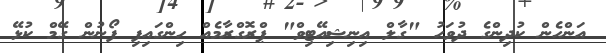
އަންހެން ކުދިންގެ ދުވަހު "ގާލް އިނިޝިއޭޓިވް" ޕްރޮގްރާމެއް ހިންގައިފި ފޯނުން ގޭމް ކުޅޭ